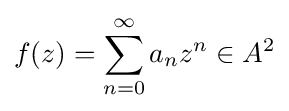
f(z)=\sum _{n=0}^{\infty }a_{n}z^{n}\in A^{2}